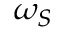
\omega _ { S }